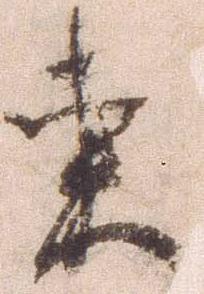
東